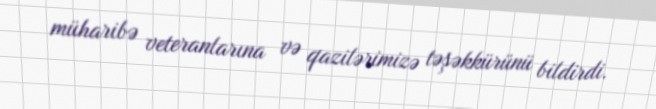
müharibə veteranlarına və qazilərimizə təşəkkürünü bildirdi.